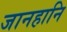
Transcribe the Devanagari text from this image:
जानहानि